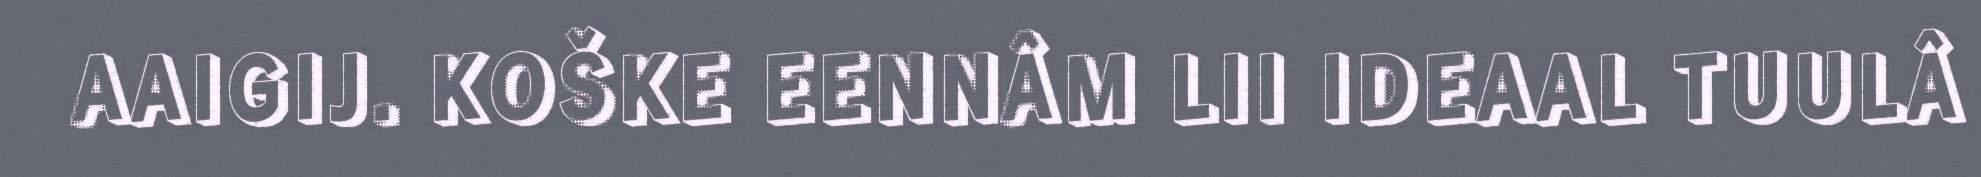
AAIGIJ. KOŠKE EENNÂM LII IDEAAL TUULÂ